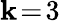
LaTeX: \mathbf{k}\! =\! 3